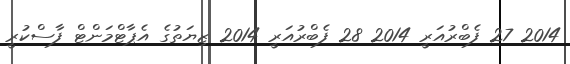
2014 27 ފެބްރުއަރީ 2014 28 ފެބްރުއަރީ 2014 ޒިޔަތުގެ އެޕާޓްމަންޓް ފާސްކުރީ